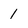
Character: 1